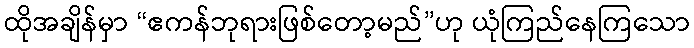
ထိုအချိန်မှာ “ဧကန်ဘုရားဖြစ်တော့မည်”ဟု ယုံကြည်နေကြသော